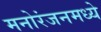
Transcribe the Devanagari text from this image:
मनोरंजनमध्ये